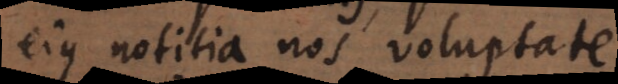
ejus notitia nos voluptate